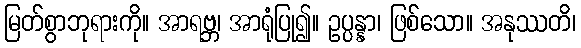
မြတ်စွာဘုရားကို။ အာရဗ္ဘ၊ အာရုံပြု၍။ ဥပ္ပန္နာ၊ ဖြစ်သော။ အနုဿတိ၊